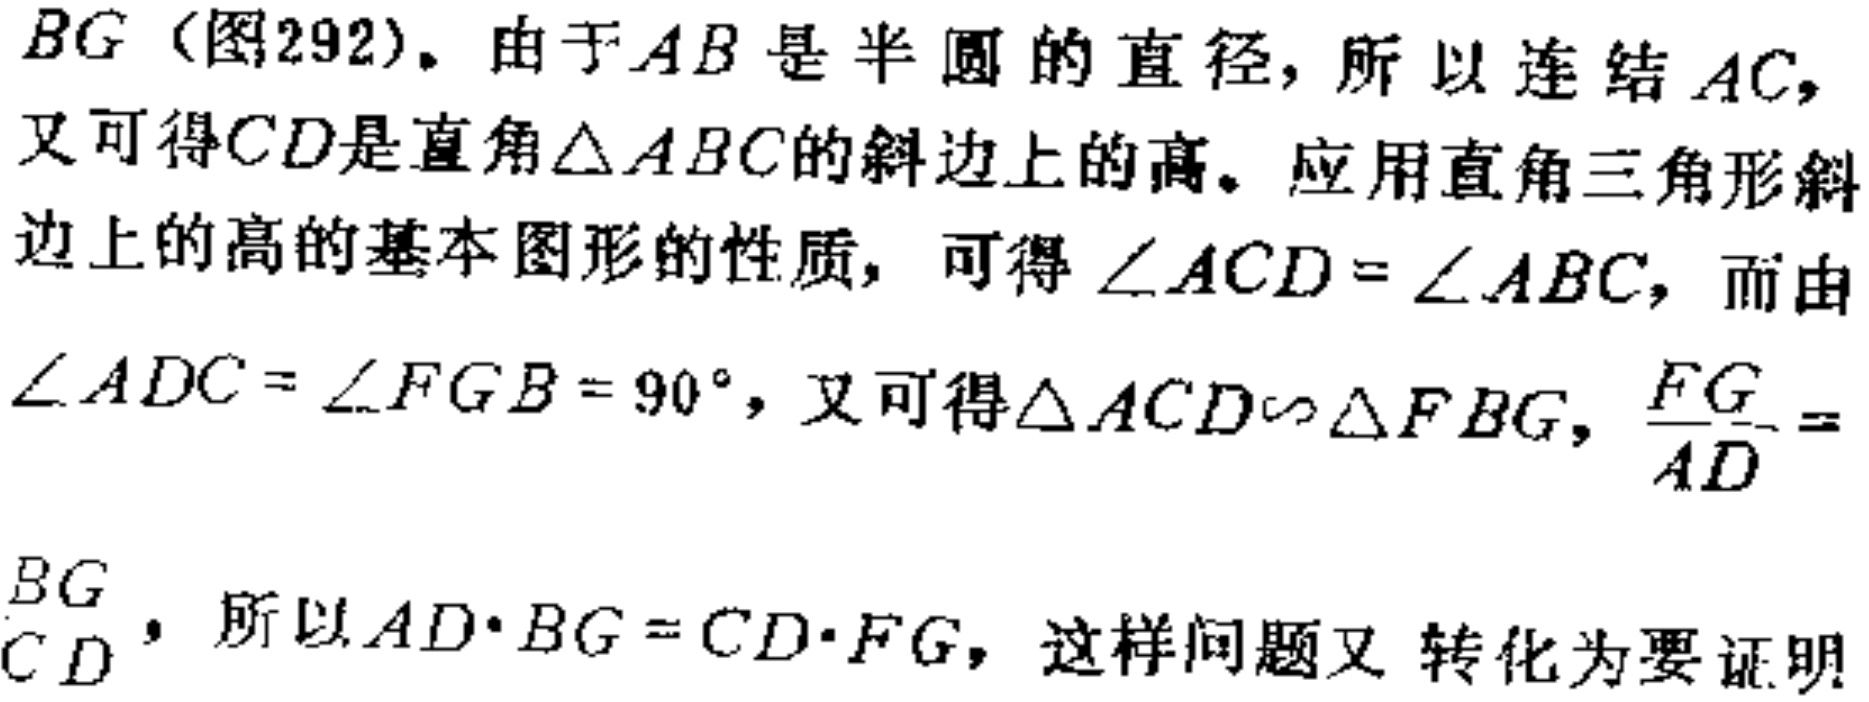
\(BG\)（图292）。由于\(AB\)是半圆的直径，所以连结\(AC\)，又可得\(CD\)是直角\(\triangle ABC\)的斜边上的高。应用直角三角形斜边上的高的基本图形的性质，可得\(\angle ACD = \angle ABC\)，而由\(\angle ADC = \angle FGB = 90^{\circ}\)，又可得\(\triangle ACD\sim\triangle FBG\)，\(\frac{FG}{AD} =\)
\(\frac{BG}{CD}\)，所以\(AD\cdot BG = CD\cdot FG\)，这样问题又 转化为要证明